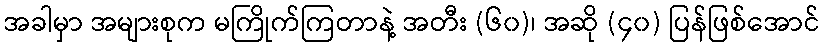
အခါမှာ အများစုက မကြိုက်ကြတာနဲ့ အတီး (၆၀)၊ အဆို (၄၀) ပြန်ဖြစ်အောင်